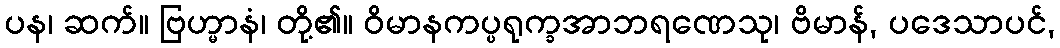
ပန၊ ဆက်။ ဗြဟ္မာနံ၊ တို့၏။ ဝိမာနကပ္ပရုက္ခအာဘရဏေသု၊ ဗိမာန်, ပဒေသာပင်,